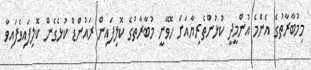
މިމުބާރާތުގެ އެންމެ އުންމީދީ ކުޅުންތެރިޔާއަށް ހޮވޭނީ މުބާރާތުގެ ކޮލިފައިން ރައުންޑް ކުޅެގެން ކޮލިފައިވެފައިވާ